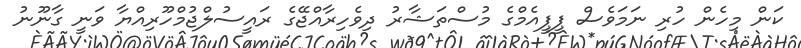
ކަން މިހެން ހުރި ނަމަވެސް ޕީޕީއެމްގެ މުސްތަޝާރު ދިވެހިރާއްޖޭގެ ރައީސުލްޖުމްހޫރިއްޔާ ވަނީ ގާނޫނު